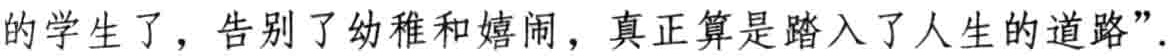
的学生了，告别了幼稚和嬉闹，真正算是踏入了人生的道路”.